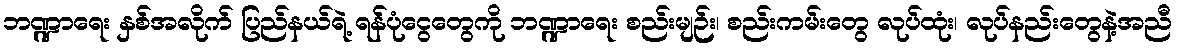
ဘဏ္ဍာရေး နှစ်အလိုက် ပြည်နယ်ရဲ့ ရန်ပုံငွေတွေကို ဘဏ္ဍာရေး စည်းမျဉ်း၊ စည်းကမ်းတွေ လုပ်ထုံး၊ လုပ်နည်းတွေနဲ့အညီ